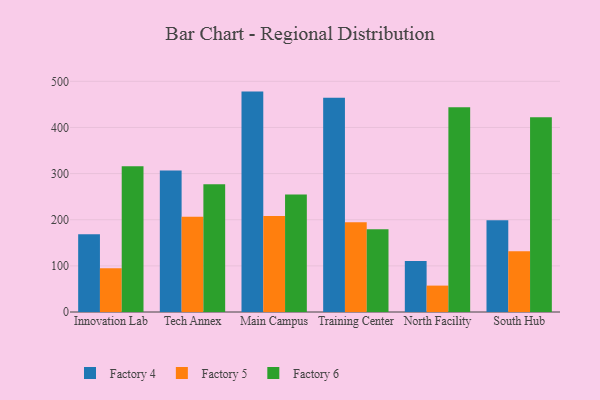
{"axis": {"x": "Campus", "y": "Tickets Resolved"}, "legend": ["Factory 4", "Factory 5", "Factory 6"], "data": [{"x": "Innovation Lab", "y": 168.3, "type": "Factory 4"}, {"x": "Innovation Lab", "y": 94.6, "type": "Factory 5"}, {"x": "Innovation Lab", "y": 315.8, "type": "Factory 6"}, {"x": "Tech Annex", "y": 306.6, "type": "Factory 4"}, {"x": "Tech Annex", "y": 206.6, "type": "Factory 5"}, {"x": "Tech Annex", "y": 276.8, "type": "Factory 6"}, {"x": "Main Campus", "y": 477.7, "type": "Factory 4"}, {"x": "Main Campus", "y": 208.0, "type": "Factory 5"}, {"x": "Main Campus", "y": 254.6, "type": "Factory 6"}, {"x": "Training Center", "y": 464.3, "type": "Factory 4"}, {"x": "Training Center", "y": 194.5, "type": "Factory 5"}, {"x": "Training Center", "y": 179.1, "type": "Factory 6"}, {"x": "North Facility", "y": 110.7, "type": "Factory 4"}, {"x": "North Facility", "y": 57.2, "type": "Factory 5"}, {"x": "North Facility", "y": 443.9, "type": "Factory 6"}, {"x": "South Hub", "y": 198.9, "type": "Factory 4"}, {"x": "South Hub", "y": 131.9, "type": "Factory 5"}, {"x": "South Hub", "y": 422.0, "type": "Factory 6"}]}